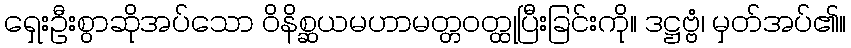
ရှေးဦးစွာဆိုအပ်သော ဝိနိစ္ဆယမဟာမတ္တဝတ္ထုပြီးခြင်းကို။ ဒဋ္ဌဗ္ဗံ၊ မှတ်အပ်၏။